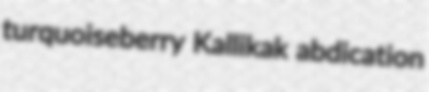
turquoiseberry Kallikak abdication